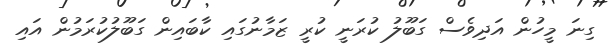
ގިނަ މީހުން އަދިވެސް ގަބޫލު ކުރަނީ ކުރީ ޒަމާނުގައި ކާބައިން ގަބޫލުކުރަމުން އައި